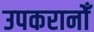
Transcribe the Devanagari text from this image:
उपकरानोँ